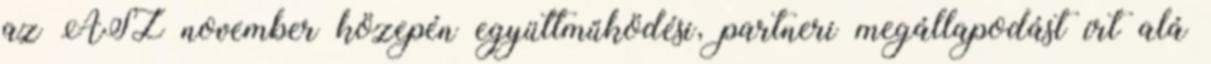
az ÁSZ november közepén együttműködési, partneri megállapodást írt alá